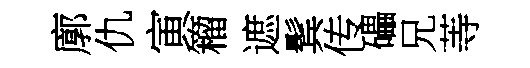
廓仇寅籕遮鬂传礧兄䓁